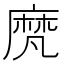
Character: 𪎒